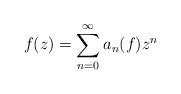
LaTeX: \begin{align*}f(z) = \sum_{n = 0}^\infty a_n(f) z^n\end{align*}